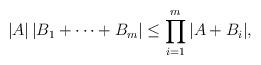
LaTeX: \begin{align*}|A|\,|B_1+\dots +B_m| \le \prod\limits_{i=1}^m|A+B_i|,\end{align*}